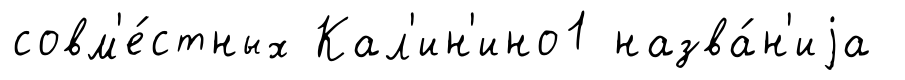
совм'е́стных Кал'ин'ино1 назва́н'иjа